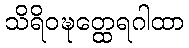
သိရိဝဍ္ဎတ္ထေရဂါထာ